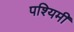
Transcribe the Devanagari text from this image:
पश्यिमी